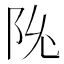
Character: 𬮽